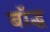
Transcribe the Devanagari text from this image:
बॉद्ध